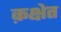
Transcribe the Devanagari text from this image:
क़क्षेत